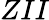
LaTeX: ZII